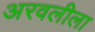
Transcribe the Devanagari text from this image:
अरवलीला